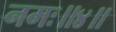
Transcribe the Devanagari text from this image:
नमः॥४॥